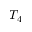
T _ { 4 }